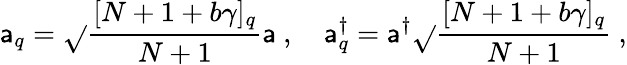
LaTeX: \mathsf{a}_{q}=\sqrt{}{{\frac{{[N+1+b\gamma]_{q}}}{{N+1}}}}\mathsf{a}~,~~~~\mathsf{a}_{q}^{\dagger}=\mathsf{a}^{\dagger}\sqrt{}{{\frac{{[N+1+b\gamma]_{q}}}{{N+1}}}}~,